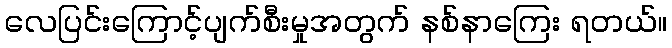
လေပြင်းကြောင့်ပျက်စီးမှုအတွက် နစ်နာကြေး ရတယ်။